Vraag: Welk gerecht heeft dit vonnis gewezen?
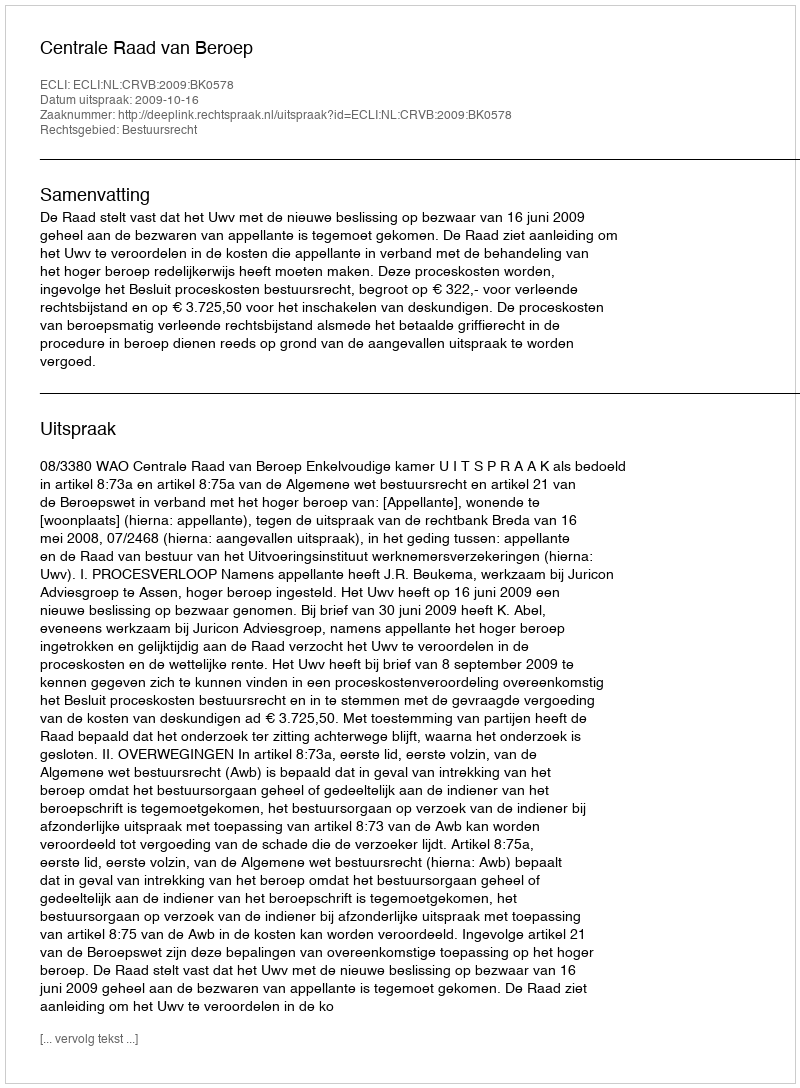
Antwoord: Centrale Raad van Beroep